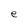
Character: e